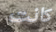
كانت